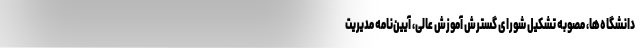
دانشگاه‌ها، مصوبه تشکیل شورای گسترش آموزش عالی، آیین‌نامه مدیریت